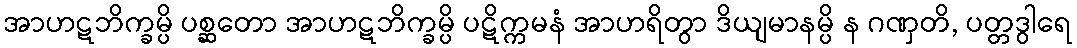
အာဟဋဘိက္ခမ္ပိ ပစ္ဆတော အာဟဋဘိက္ခမ္ပိ ပဋိက္ကမနံ အာဟရိတွာ ဒိယျမာနမ္ပိ န ဂဏှတိ, ပတ္တဒွါရေ